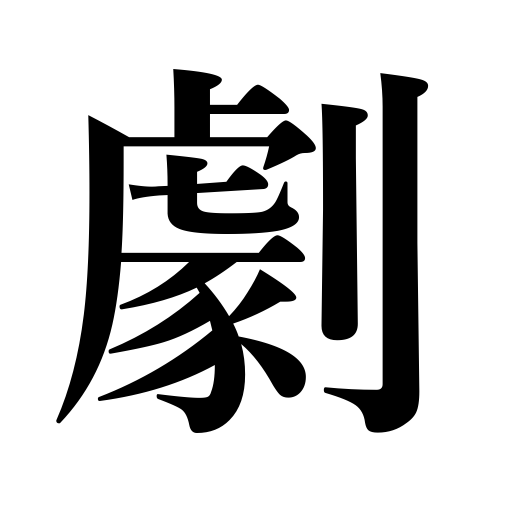
Meanings: drama,play